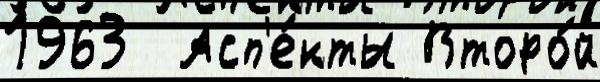
1963  Асп'е́кты Второ́й